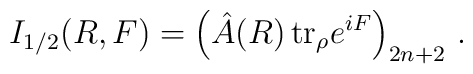
I_{1/2}(R,F) = \left( \hat A (R)\,  {\rm tr}_{\rho} e^{iF} \right)_{2n+2}    \, .